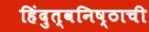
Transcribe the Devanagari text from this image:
हिंदुत्वनिष्ठाची